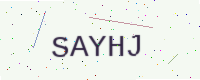
Text: SAYHJ